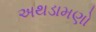
અથડામણો